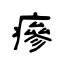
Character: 瘮